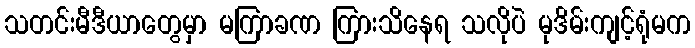
သတင်းမီဒီယာတွေမှာ မကြာခဏ ကြားသိနေရ သလိုပဲ မုဒိမ်းကျင့်ရုံမက